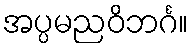
အပ္ပမညဝိဘင်္ဂ။